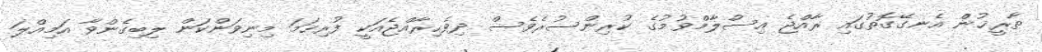
ތާރީޚުން އެނގޭގޮތުގައި ރާއްޖެ އިސްލާމްވުމުގެ ކުރިންސުރެވެސް ދިވެހިރާއްޖެއަކީ ފުރިހަމަ މިނިވަންކަން ލިބިގެންވާ އަމިއްލަ